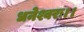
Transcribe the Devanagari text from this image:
धनेश्वरः।।